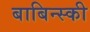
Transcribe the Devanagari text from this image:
बाबिन्स्की